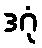
ဒဂုံ